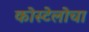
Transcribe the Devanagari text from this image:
कोस्टेलोचा